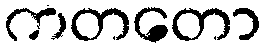
ကတတော